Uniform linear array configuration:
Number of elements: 8
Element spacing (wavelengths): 0.5
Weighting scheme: exponential
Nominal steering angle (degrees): -60
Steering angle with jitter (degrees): -61.249
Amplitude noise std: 0.05
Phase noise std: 0.05

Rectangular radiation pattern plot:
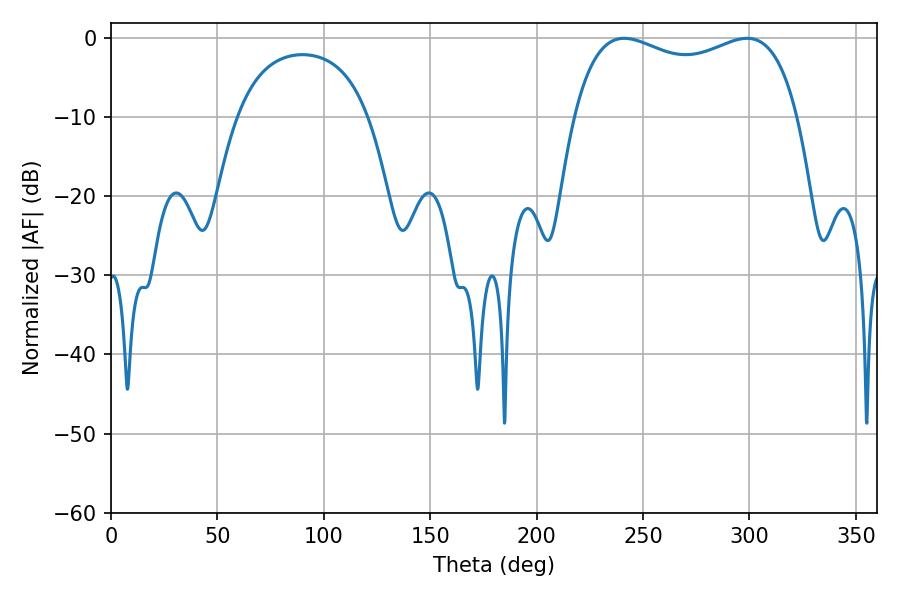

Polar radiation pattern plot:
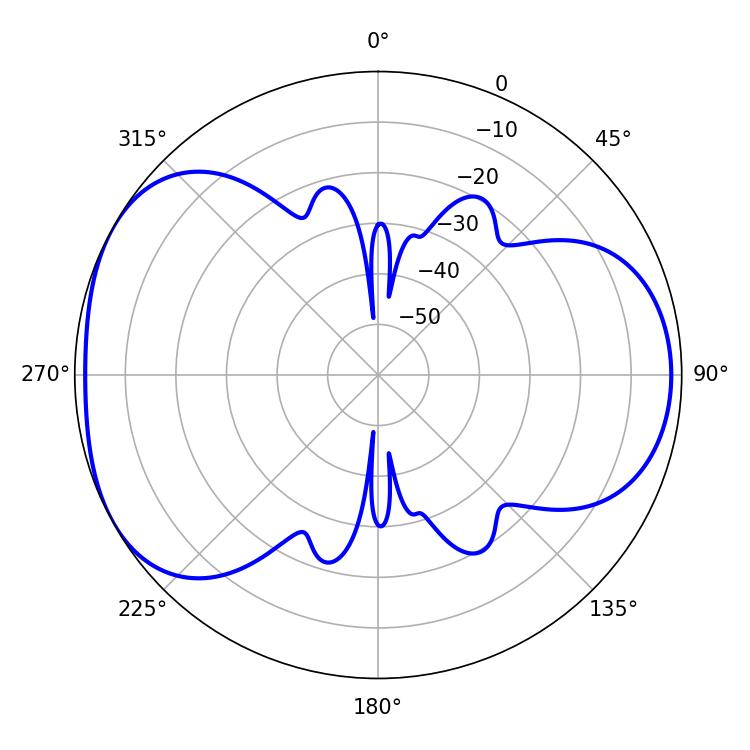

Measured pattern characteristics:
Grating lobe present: FALSE
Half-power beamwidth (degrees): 86.76
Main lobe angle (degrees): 241.2